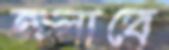
তলাবে